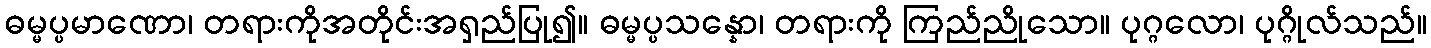
ဓမ္မပ္ပမာဏော၊ တရားကိုအတိုင်းအရှည်ပြု၍။ ဓမ္မပ္ပသန္နော၊ တရားကို ကြည်ညိုသော။ ပုဂ္ဂလော၊ ပုဂ္ဂိုလ်သည်။